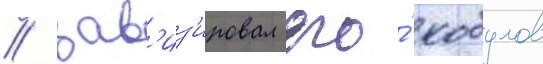
/ зав'из'ировал его́ кобулов